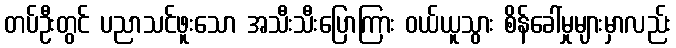
တပ်ဦးတွင် ပညာသင်ဖူးသော အသီးသီးပြောကြား ဝယ်ယူသွား စိန်ခေါ်မှုများမှာလည်း